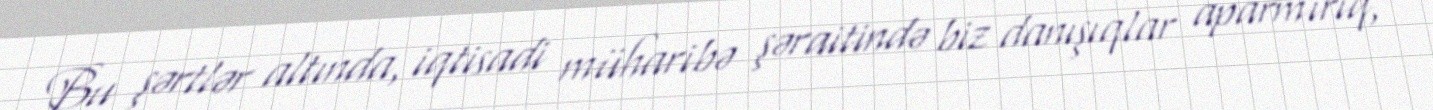
Bu şərtlər altında, iqtisadi müharibə şəraitində biz danışıqlar aparmırıq,